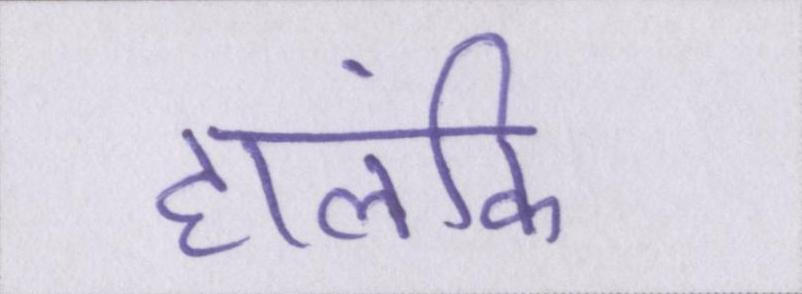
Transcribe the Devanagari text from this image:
हालंकि